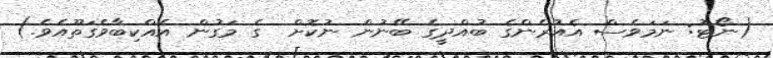
(ނޯޓު: ނަމަވެސް އެއުރެންގެ ބުއްދީގެ ބޭނުން ނުކޮށް  ގެ މަގުން އެއްކިބާވެގަތޫއެވެ.)